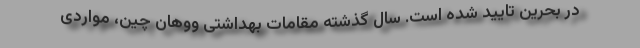
در بحرین تایید شده است. سال گذشته مقامات بهداشتی ووهان چین، مواردی